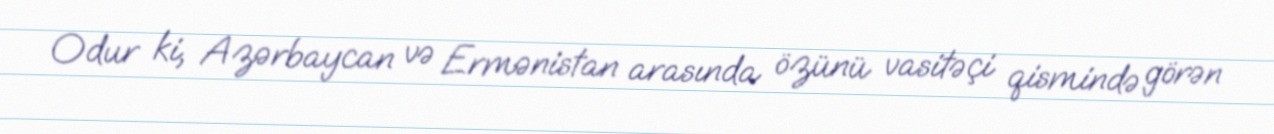
Odur ki, Azərbaycan və Ermənistan arasında özünü vasitəçi qismində görən